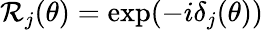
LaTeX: \mathcal{R}_{j}(\theta)=\exp(-i\delta_{j}(\theta))